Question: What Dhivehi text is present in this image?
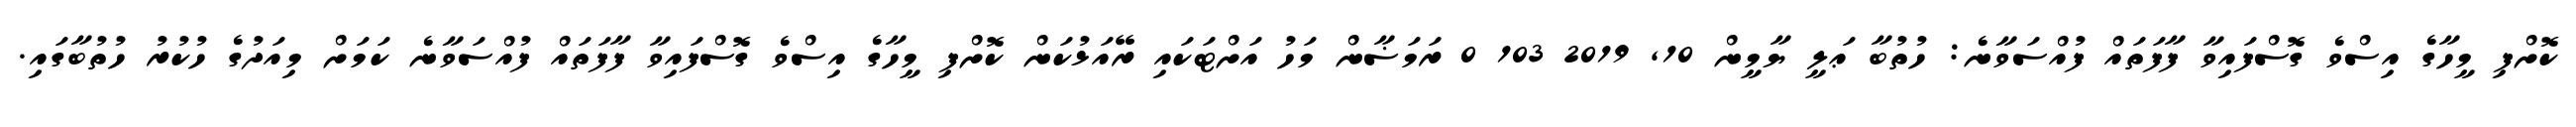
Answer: ކޮށްފި މީހާގެ އިސްވެ ގޮސްފައިވާ ފާފަތައް ފުއްސަވާނެ: ހުތުބާ ޢަލީ ޔާމީން 10, 2019 103 0 ރަމަޟާން މަހު އަށްޓަކައި ރޭއަޅުކަން ކޮށްފި މީހާގެ އިސްވެ ގޮސްފައިވާ ފާފަތައް ފުއްސަވާނެ ކަމަށް މިއަދުގެ ހުކުރު ހުތުބާގައި.